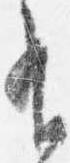
有